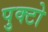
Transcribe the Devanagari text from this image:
पुक्टो